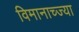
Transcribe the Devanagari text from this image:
विमानाच्ज्या